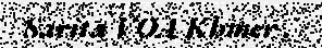
Sarita VOA Khmer .